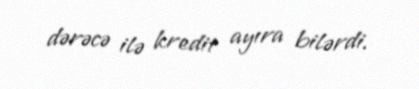
dərəcə ilə kredit ayıra bilərdi.